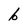
Character: b